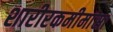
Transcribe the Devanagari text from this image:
शारीरकमीमांसा